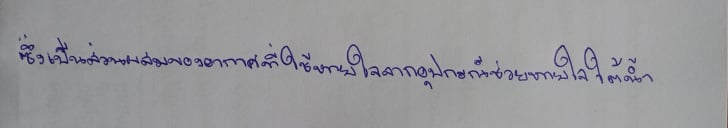
ซึ่งเป็นส่วนผสมของอากาศที่ใช้หายใจจากอุปกรณ์ช่วยหายใจใต้น้ำ